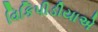
વિકિપીડીયાએ